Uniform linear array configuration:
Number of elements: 4
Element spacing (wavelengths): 1
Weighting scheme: cosine
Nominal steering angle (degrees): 15
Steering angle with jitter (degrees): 15.683
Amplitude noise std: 0.05
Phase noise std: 0.05

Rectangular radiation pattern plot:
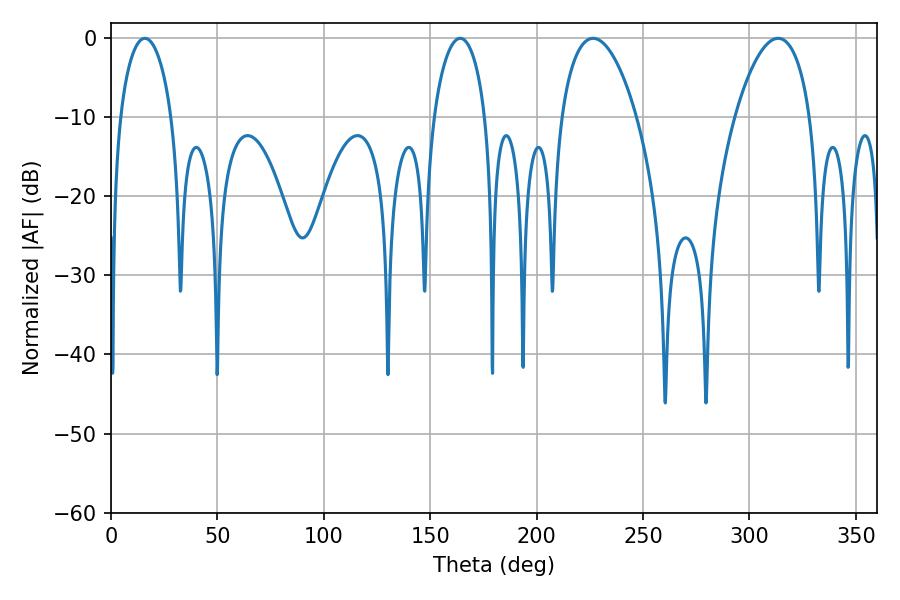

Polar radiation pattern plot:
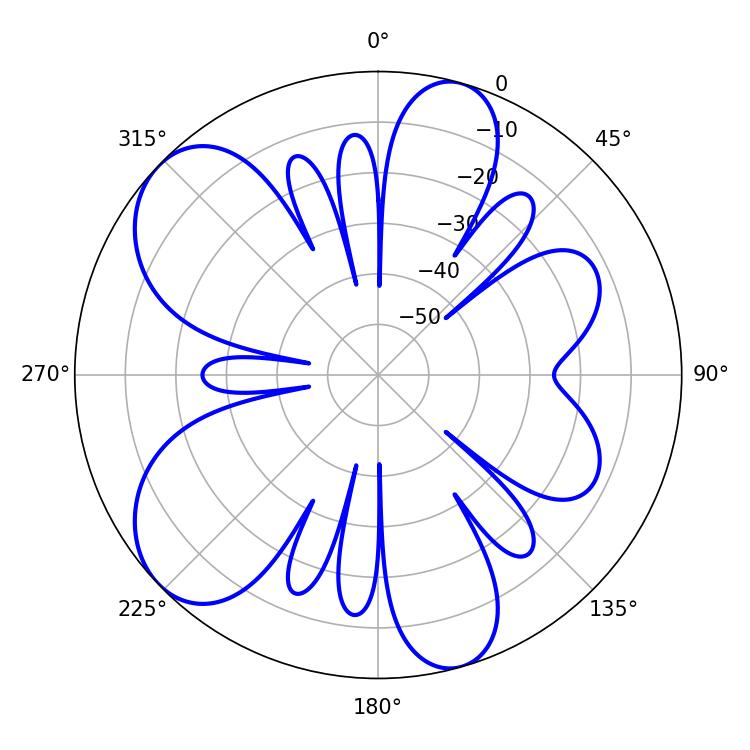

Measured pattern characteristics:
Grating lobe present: TRUE
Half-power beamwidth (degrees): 19.98
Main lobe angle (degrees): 226.62